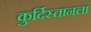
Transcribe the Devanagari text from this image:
कुर्दिस्तानला